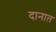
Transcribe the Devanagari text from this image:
दानात